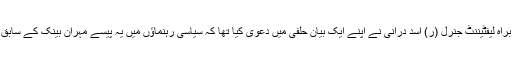
خفیہ ایجنسی انٹرسروسز انٹیلی جنس کے سابق سربراہ لیفٹیننٹ جنرل (ر) اسد درانی نے اپنے ایک بیان حلفی میں دعویٰ کیا تھا کہ سیاسی رہنماؤں میں یہ پیسے مہران بینک کے سابق سربراہ یونس حبیب سے لے کر بانٹے گئے تھے۔